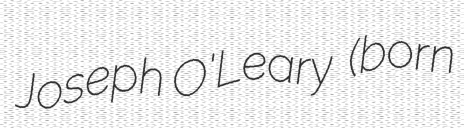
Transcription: Joseph O'Leary  (born